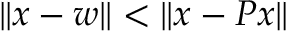
\| x - w \| < \| x - P x \|